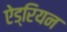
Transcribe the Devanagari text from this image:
ऐड्रियन